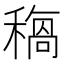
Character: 𥡺